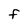
Character: f